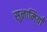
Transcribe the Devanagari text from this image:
सुनामियाँ